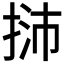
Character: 𢭿